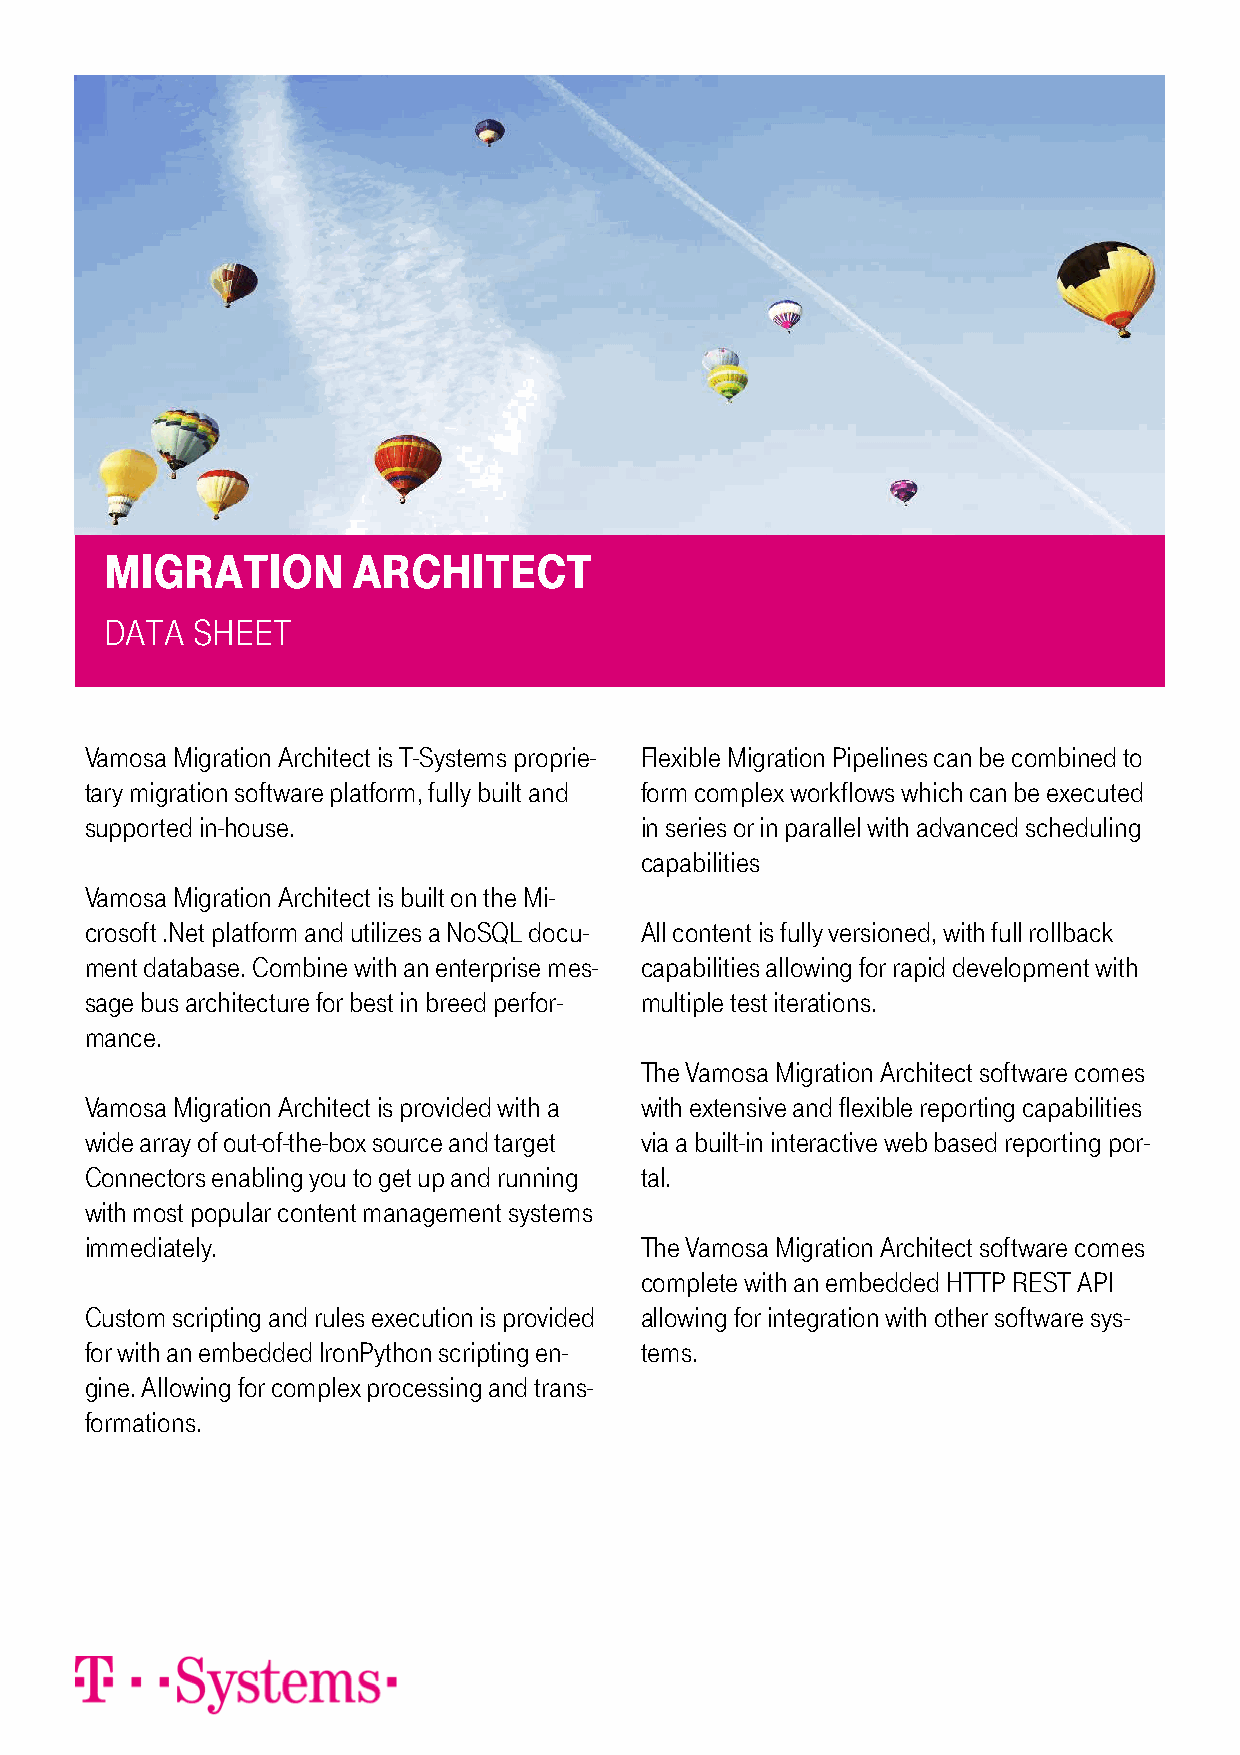
MIGRATION       ARCHITECT
 DATA  SHEET
 Vamosa Migration Architect is T-Systems proprie- Flexible Migration Pipelines can be combined to
 tary migration software platform, fully built and form complex workflows which can be executed
 supported in-house.                 in series or in parallel with advanced scheduling
 capabilities
 Vamosa Migration Architect is built on the Mi-
 crosoft .Net platform and utilizes a NoSQL docu- All content is fully versioned, with full rollback
 ment database. Combine with an enterprise mes- capabilities allowing for rapid development with
 sage bus architecture for best in breed perfor- multiple test iterations.
 mance.
 The Vamosa Migration Architect software comes
 Vamosa Migration Architect is provided with a with extensive and flexible reporting capabilities
 wide array of out-of-the-box source and target via a built-in interactive web based reporting por-
 Connectors enabling you to get up and running tal.
 with most popular content management systems
 immediately.                        The Vamosa Migration Architect software comes
 complete with an embedded HTTP REST API
 Custom scripting and rules execution is provided allowing for integration with other software sys-
 for with an embedded IronPython scripting en- tems.
 gine. Allowing for complex processing and trans-
 formations.